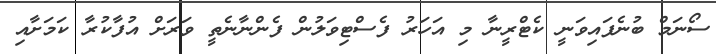
ސޯނަމް ބުނެފައިވަނީ ކެޓްރީނާ މި އަހަރު ފެސްޓިވަލުން ފެންނާނެތީ ވަރަށް އުފާކުރާ ކަމަށާއި